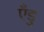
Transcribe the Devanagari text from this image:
एँडु